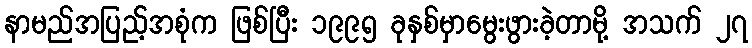
နာမည်အပြည့်အစုံက ဖြစ်ပြီး ၁၉၉၅ ခုနှစ်မှာမွေးဖွားခဲ့တာမို့ အသက် ၂၇